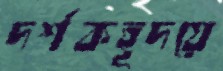
দর্শকহূদয়ে